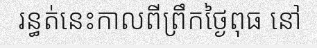
រន្ធត់នេះកាលពីព្រឹកថ្ងៃពុធ នៅ